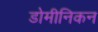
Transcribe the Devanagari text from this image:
डोमीनिकन